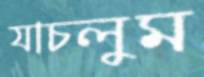
যাচলুম